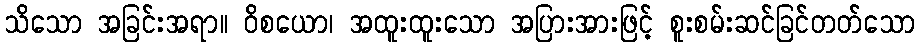
သိသော အခြင်းအရာ။ ဝိစယော၊ အထူးထူးသော အပြားအားဖြင့် စူးစမ်းဆင်ခြင်တတ်သော